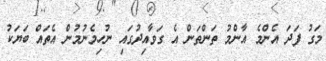
މަގު ފަދަ އެންމެ އާންމު ތަންތަން އެ ގަވާއިދުގައި ނުހިމެނުމުން އެތައް ބަޔަކު